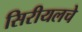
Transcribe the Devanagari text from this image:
सिरीयलचे